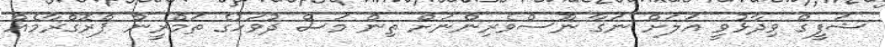
ޝަފީގް ވިދާޅުވީ އަލަށް ނަގާ ނޫސްވެރިންނަށް ތިން މަސް ދުވަހުގެ ތަމްރީން ޕްރޮގްރާމެއް